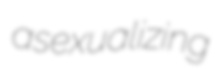
asexualizing